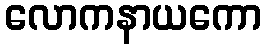
လောကနာယကော